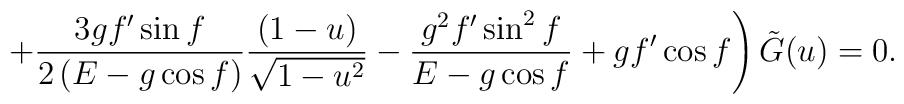
\left.+ \frac{3 g f^\prime \sin f}{2 \left(E - g \cos f \right)} \frac{(1-u)}{\sqrt{1-u^2}} - \frac{g^2 f^\prime \sin^2 f}{E - g \cos f} + g f^\prime \cos f\right) {\tilde G}(u) = 0.